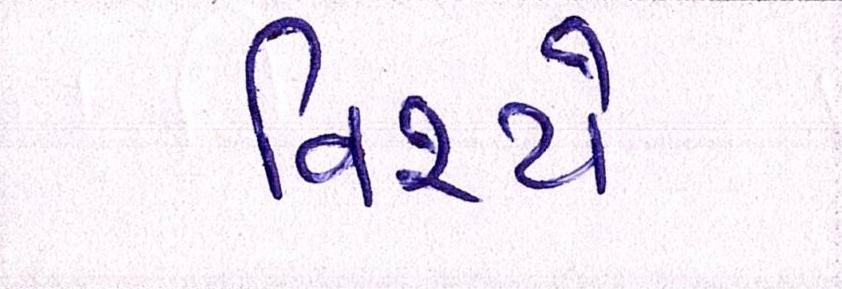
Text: વિજયે